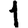
Digit: 1